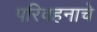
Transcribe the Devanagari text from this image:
परिवहनाचे